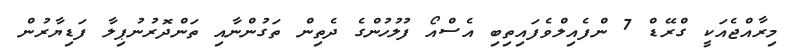
މިރާއްޖެއަކީ ގްރޭޑް 7 ންފެއިލްވެފައިތިބި އެސްއޯ ފުލުހުންގެ ދެތިން ތަގުންނާއި ތަންދޮރުނުޕިލާ ފަޑިޔާރުން